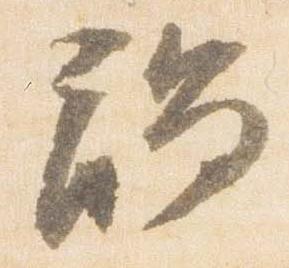
触